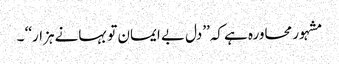
مشہور محاورہ ہے کہ’’دل بے ایمان تو بہانے ہزار‘‘ ۔